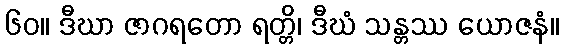
၆၀။ ဒီဃာ ဇာဂရတော ရတ္တိ၊ ဒီဃံ သန္တဿ ယောဇနံ။